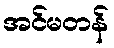
အင်မတန်